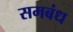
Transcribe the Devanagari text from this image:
समबंध